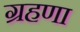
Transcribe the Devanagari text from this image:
ग्रहणा